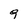
Character: 9